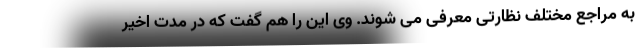
به مراجع مختلف نظارتی معرفی می شوند. وی این را هم گفت که در مدت اخیر